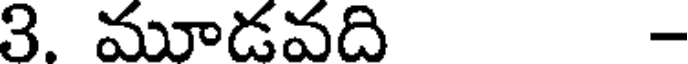
3. మూడవది -